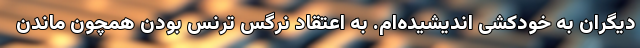
دیگران به خودکشی اندیشیده‌ام. به اعتقاد نرگس ترنس بودن همچون ماندن